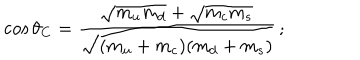
\cos \theta _ { C } = \frac { \sqrt { m _ { u } m _ { d } } + \sqrt { m _ { c } m _ { s } } } { \sqrt { ( m _ { u } + m _ { c } ) ( m _ { d } + m _ { s } ) } } \, ;